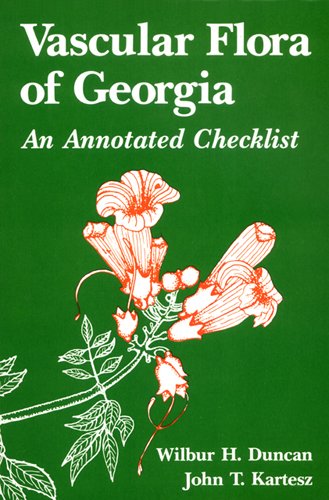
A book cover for Vascular Flora of Georgia: An Annotated Checklist; Wilbur H. Duncan; Science & Math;